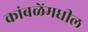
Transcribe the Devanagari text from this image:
कांबळेंमधील